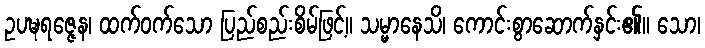
ဥပဍ္ဎရဇ္ဇေန၊ ထက်ဝက်သော ပြည်စည်းစိမ်ဖြင့်။ သမ္မာနေသိ၊ ကောင်းစွာဆောက်နှင်း၏။ သော၊